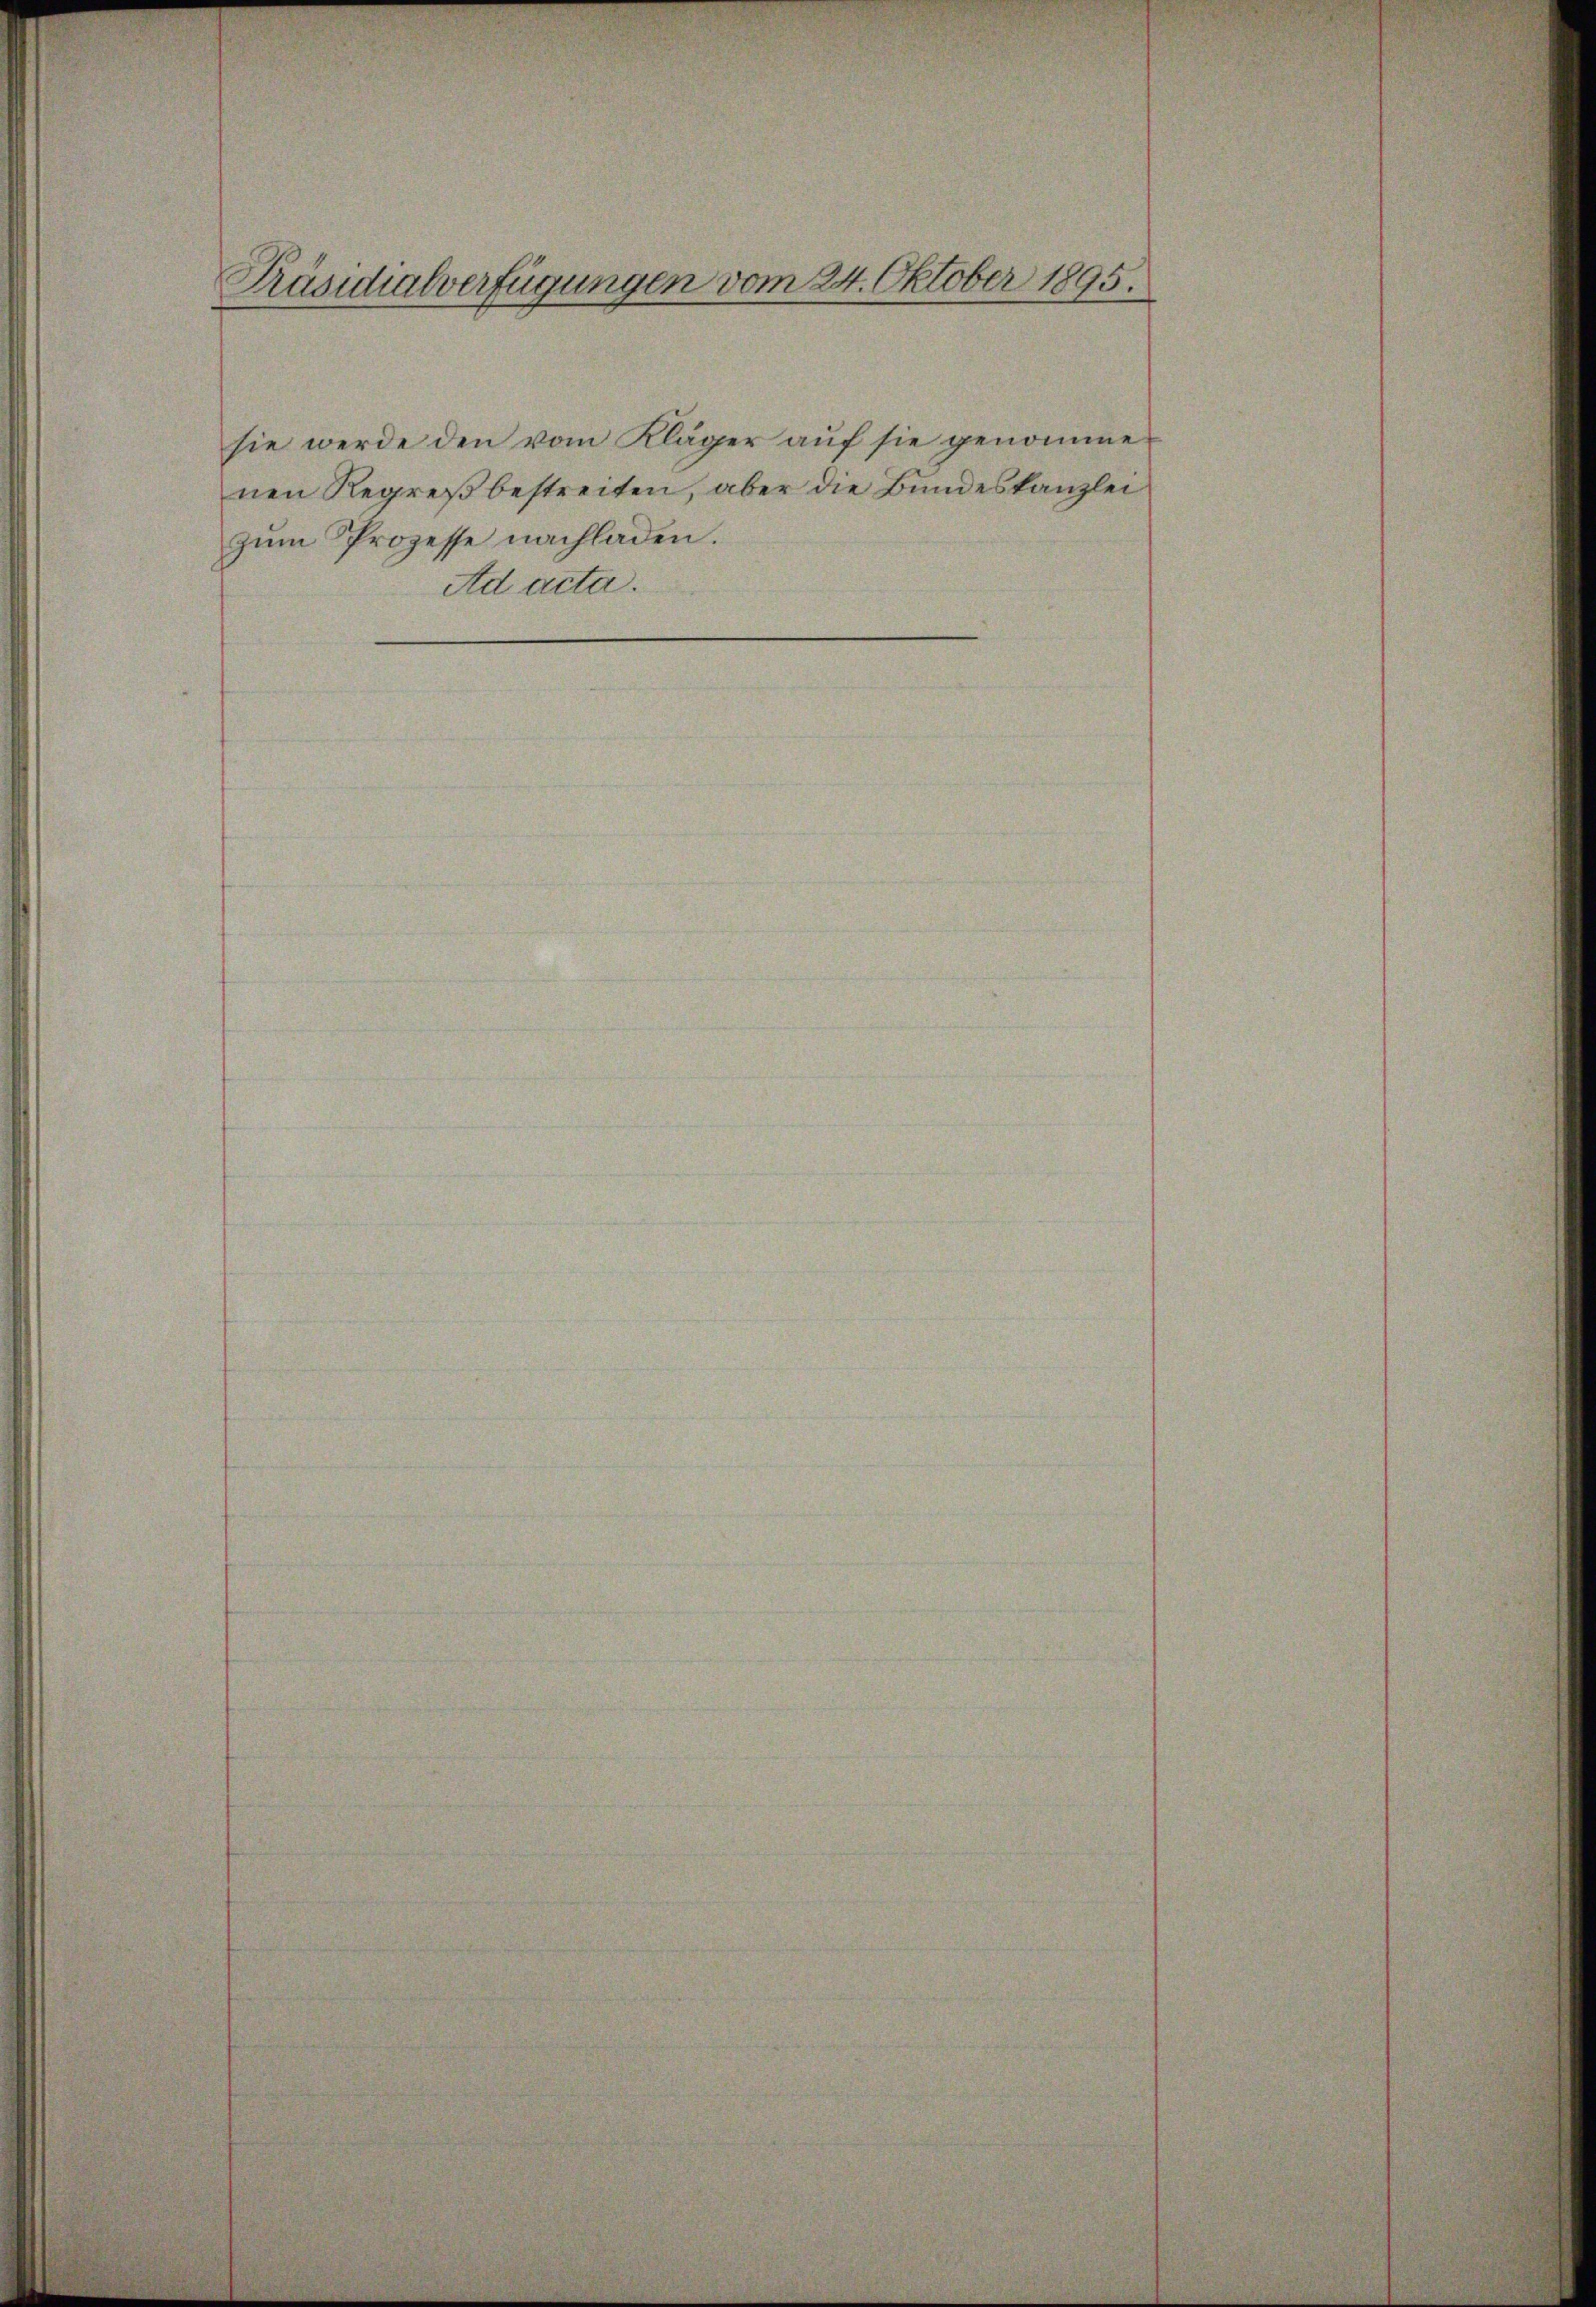
Präsidialverfügungen vom 24. Oktober 1895.

sie werde den vom Kläger aŭf sie genomme
nen Regreß bestreiten, aber die Bundeskanzlei
zum Prozesse nachladen.
Ad acta.